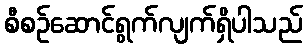
စီစဉ်ဆောင်ရွက်လျက်ရှိပါသည်